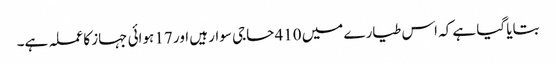
بتایا گیا ہے کہ اس طیارے میں 410 حاجی سوار ہیں اور 17 ہوائی جہاز کا عملہ ہے۔